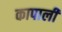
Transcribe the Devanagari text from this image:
कापाली